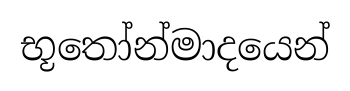
භූතෝන්මාදයෙන්